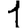
Digit: 1